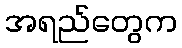
အရည်တွေက